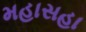
મહાસહા